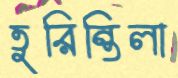
তুরিন্তিলা